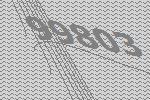
99803